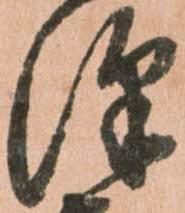
澤